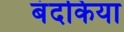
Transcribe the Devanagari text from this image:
बंदकिया